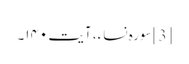
[3] سورہ نساء، آیت ۱۴۰۔